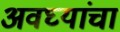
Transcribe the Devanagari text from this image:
अवघ्यांचा